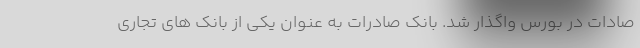
صادات در بورس واگذار شد. بانک صادرات به عنوان یکی از بانک های تجاری